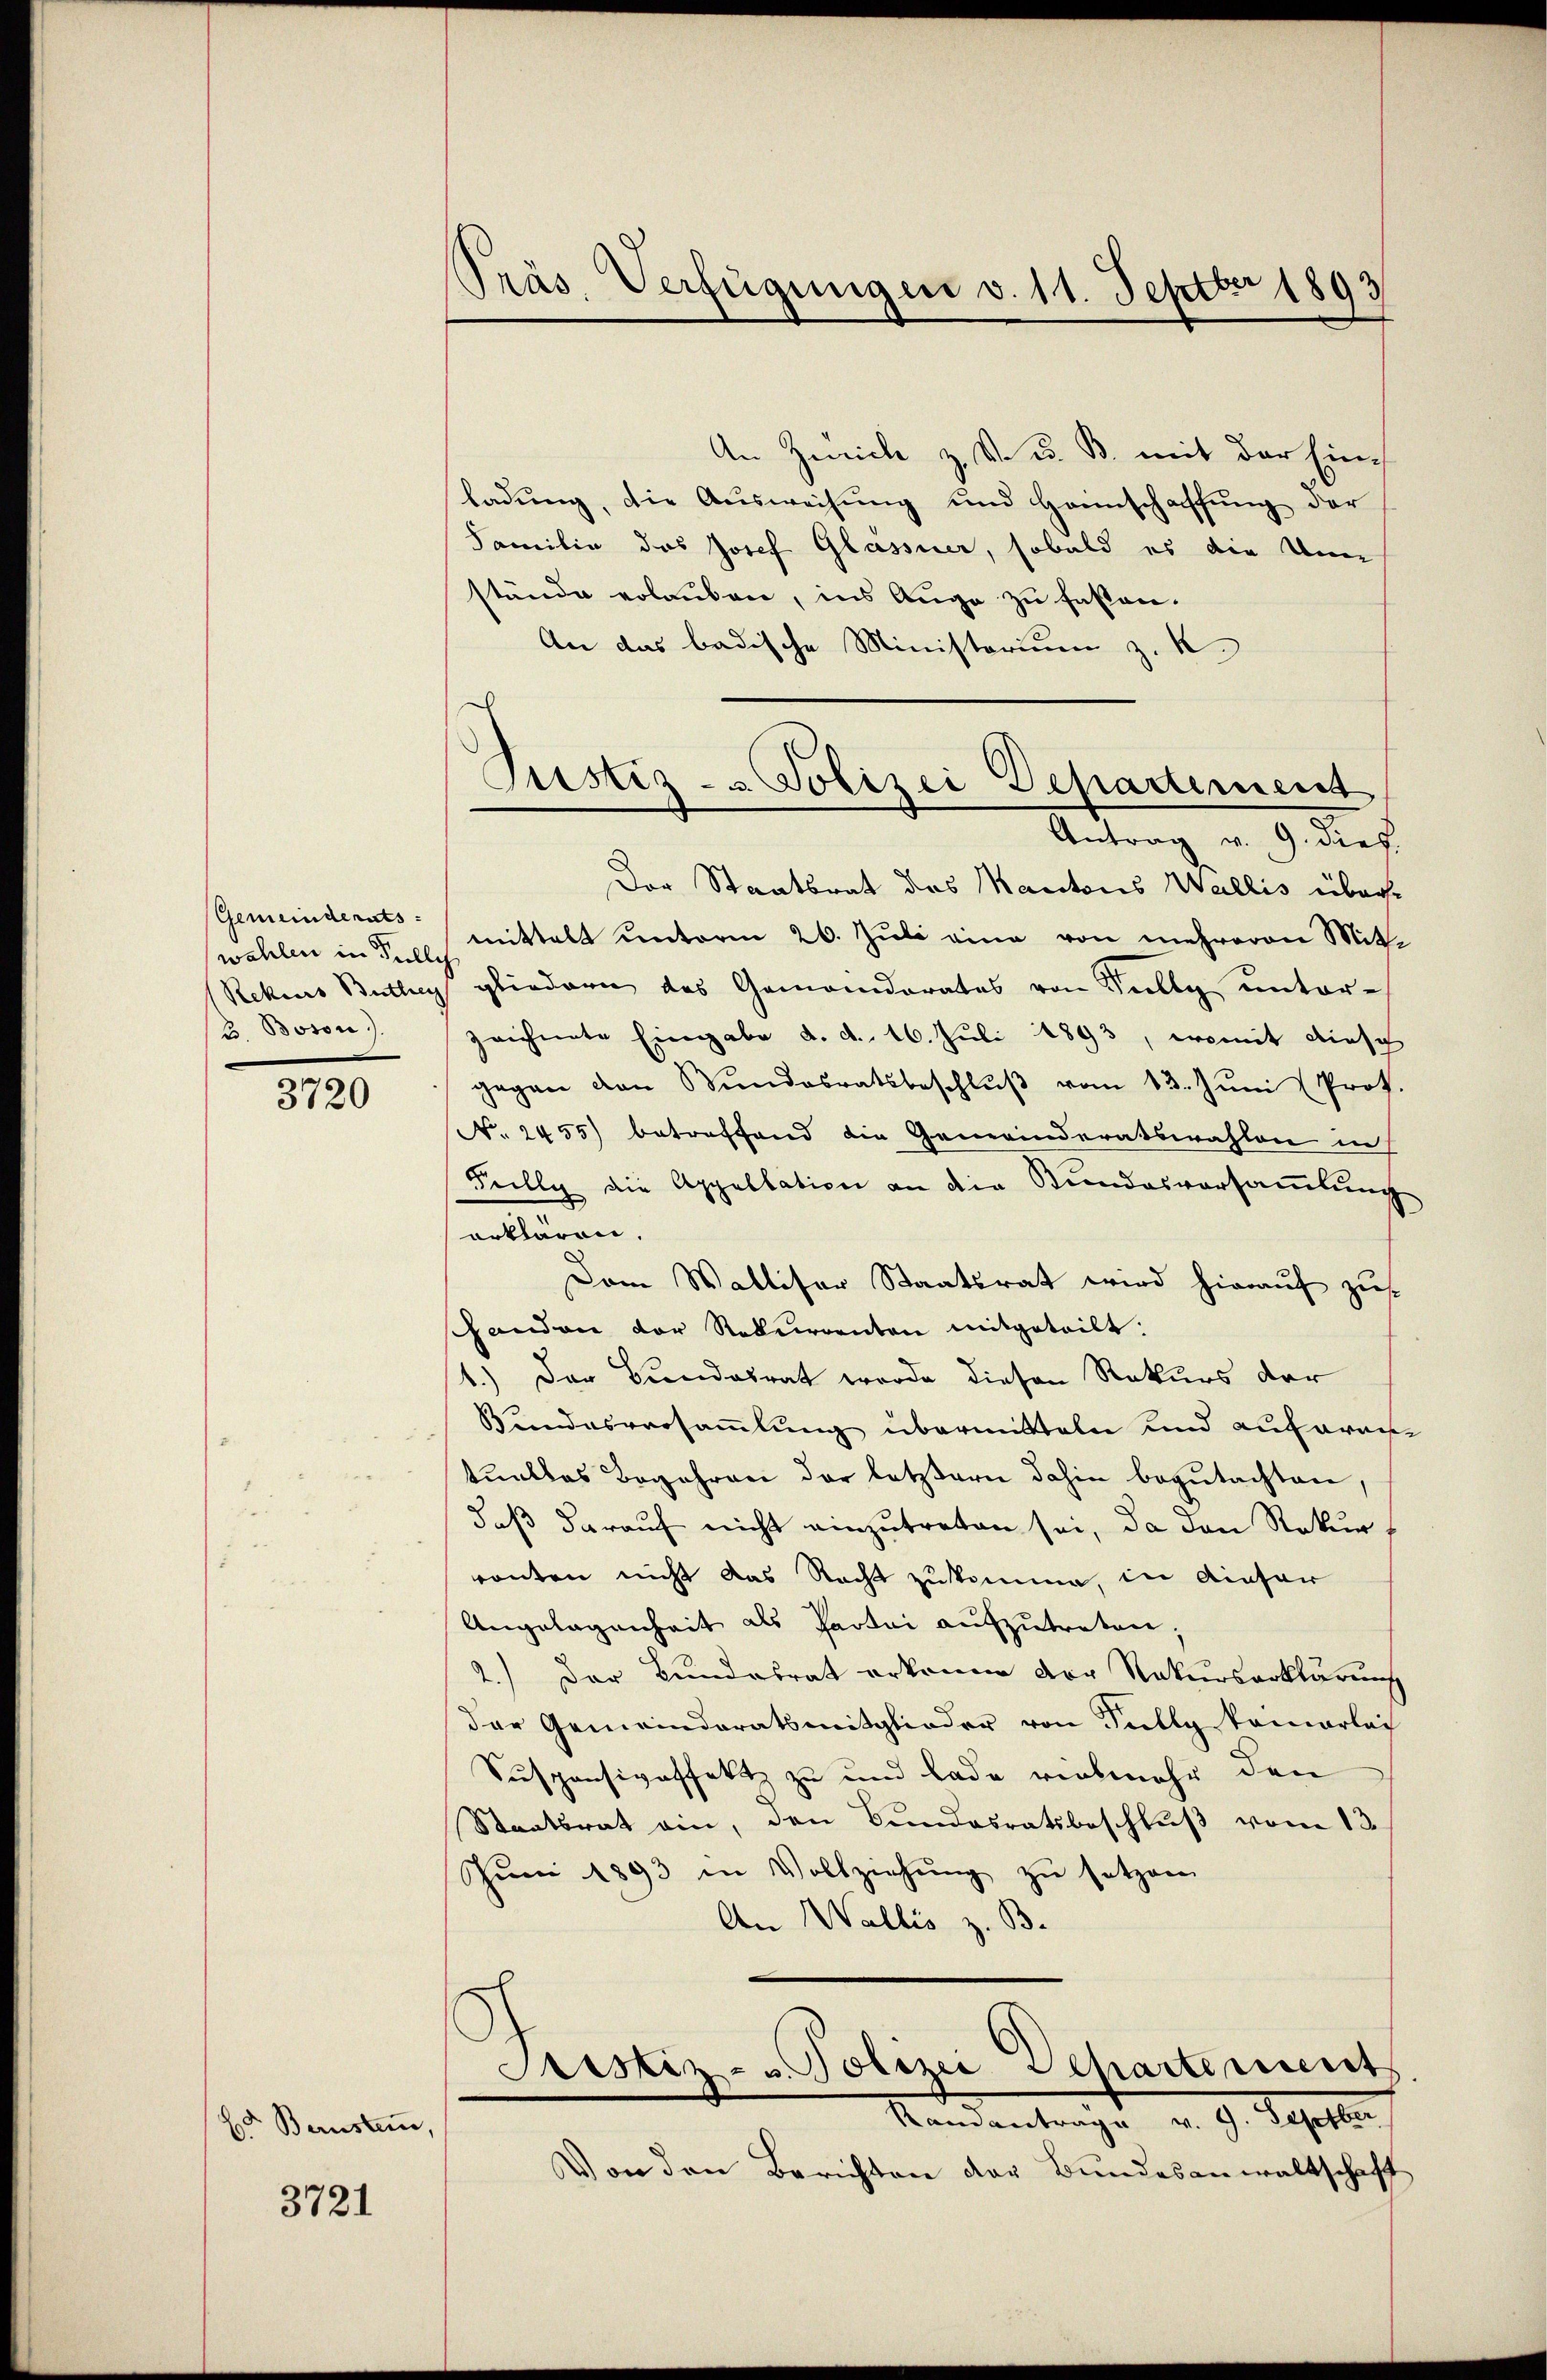
Gemeinderats-
(Rekurs Buthey
/3. Boson

3720

Ed Bernsten,

3721

Präs. Verfügungen v. 11. Septbr 1893

An Zürich z. S. u. B. mit der Einladung, die Ausweisung und Heimschaffung der
Familie des Josef Glassner, sobald es die An
stände erlauben, ins Auge zu fassen.
An das badische Ministorium z. K.
Der Staatsrat des Kantons Wallis überse
wahlen in 5. p. mittelt unterm 26. Jŭli eine von mehreren Mit-
gliedern das Gemeinderates von Selly unterzeichnete Eingabe d. d. 16. Juli 1893, womit diese
gegen den Bŭndesratsbeschlŭβ vom 13. Jŭni (Prof.
N. 2455) betreffend die Generinderatswahlen in
Fully die Appellation an die Bundesversammlung
erklären.
Dem Walliser Staatsrat wird hierauf zus
Gandon der Rekurrenten mitgeteilt:
1.) Der Bundesrat wurde diesen Rekurs der
Bundesversaṁlŭng übermitteln und ausaran-
tŭallas Begehren der letztern dahin begŭtachten.
daß darauf nicht einzutreten sei, da den Rekurronten nicht das Recht zukomme, in Aiefar
Angelegenheit als Partei aufzutreten.
2.) Der Bundesrat erkenne der Rekurserklärung
der Gemeindratsmitglieder von Fully kamerlic
Suspensivaffekt zu und Lade vielmehr den
Staatsrat ein, den Bundesratsbeschlŭβ vom 13.
Jŭni 1893 in Vollziehŭng zŭ setzen
An Wallis z. B.
Pristiz- u. Polizei Dehartement
Mandentrage v. G. Septe
Von den Berichten der Bundesanwaltschaft

Justiz- & Polizei Departement
Antrag v. 9. dies